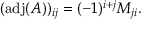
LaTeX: ( \operatorname { a d j } ( A ) ) _ { i j } = ( - 1 ) ^ { i + j } M _ { j i } .